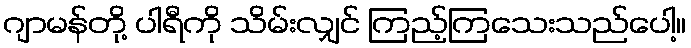
ဂျာမန်တို့ ပါရီကို သိမ်းလျှင် ကြည့်ကြသေးသည်ပေါ့။